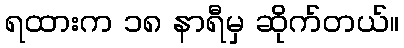
ရထားက ၁၈ နာရီမှ ဆိုက်တယ်။